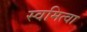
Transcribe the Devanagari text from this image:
स्वमित्वा